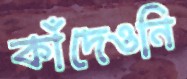
কাঁদেওনি